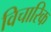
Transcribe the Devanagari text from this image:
विचारिक